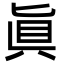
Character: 眞